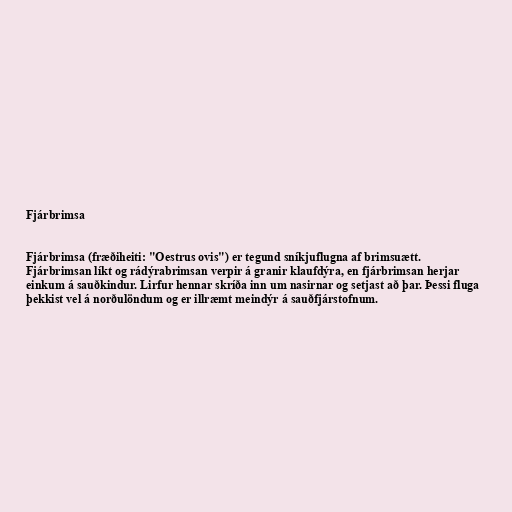
Fjárbrimsa

Fjárbrimsa (fræðiheiti: "Oestrus ovis") er tegund sníkjuflugna af brimsuætt.
Fjárbrimsan líkt og rádýrabrimsan verpir á granir klaufdýra, en fjárbrimsan herjar
einkum á sauðkindur. Lirfur hennar skríða inn um nasirnar og setjast að þar. Þessi fluga
þekkist vel á norðulöndum og er illræmt meindýr á sauðfjárstofnum.